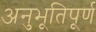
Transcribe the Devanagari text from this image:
अनुभूतिपूर्ण